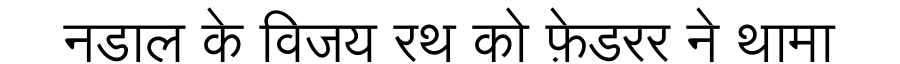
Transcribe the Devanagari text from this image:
नडाल के विजय रथ को फ़ेडरर ने थामा